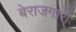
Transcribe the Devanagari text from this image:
बेराजगारी